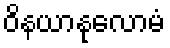
ဝိနယာနုလောမံ